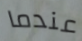
عندما